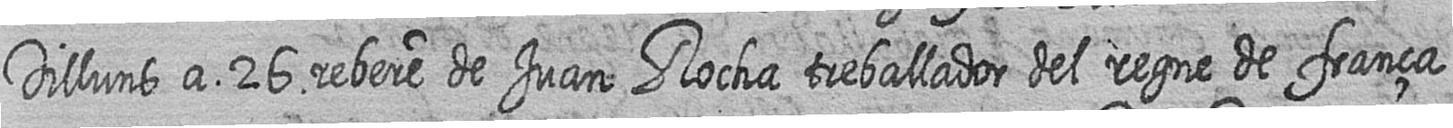
Dilluns a 26 rebere de Juan Rocha treballador del regne de frança